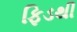
ફિડથી